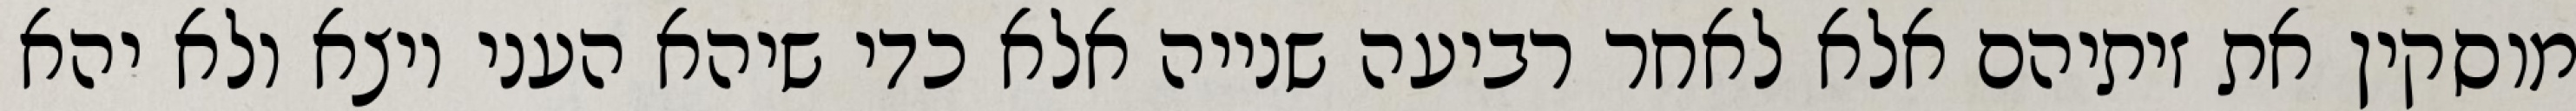
מוסקין את זיתיהם אלא לאחר רביעה שנייה אלא כדי שיהא העני יוצא ולא יהא